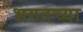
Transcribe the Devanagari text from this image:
भगतच्या